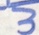
3